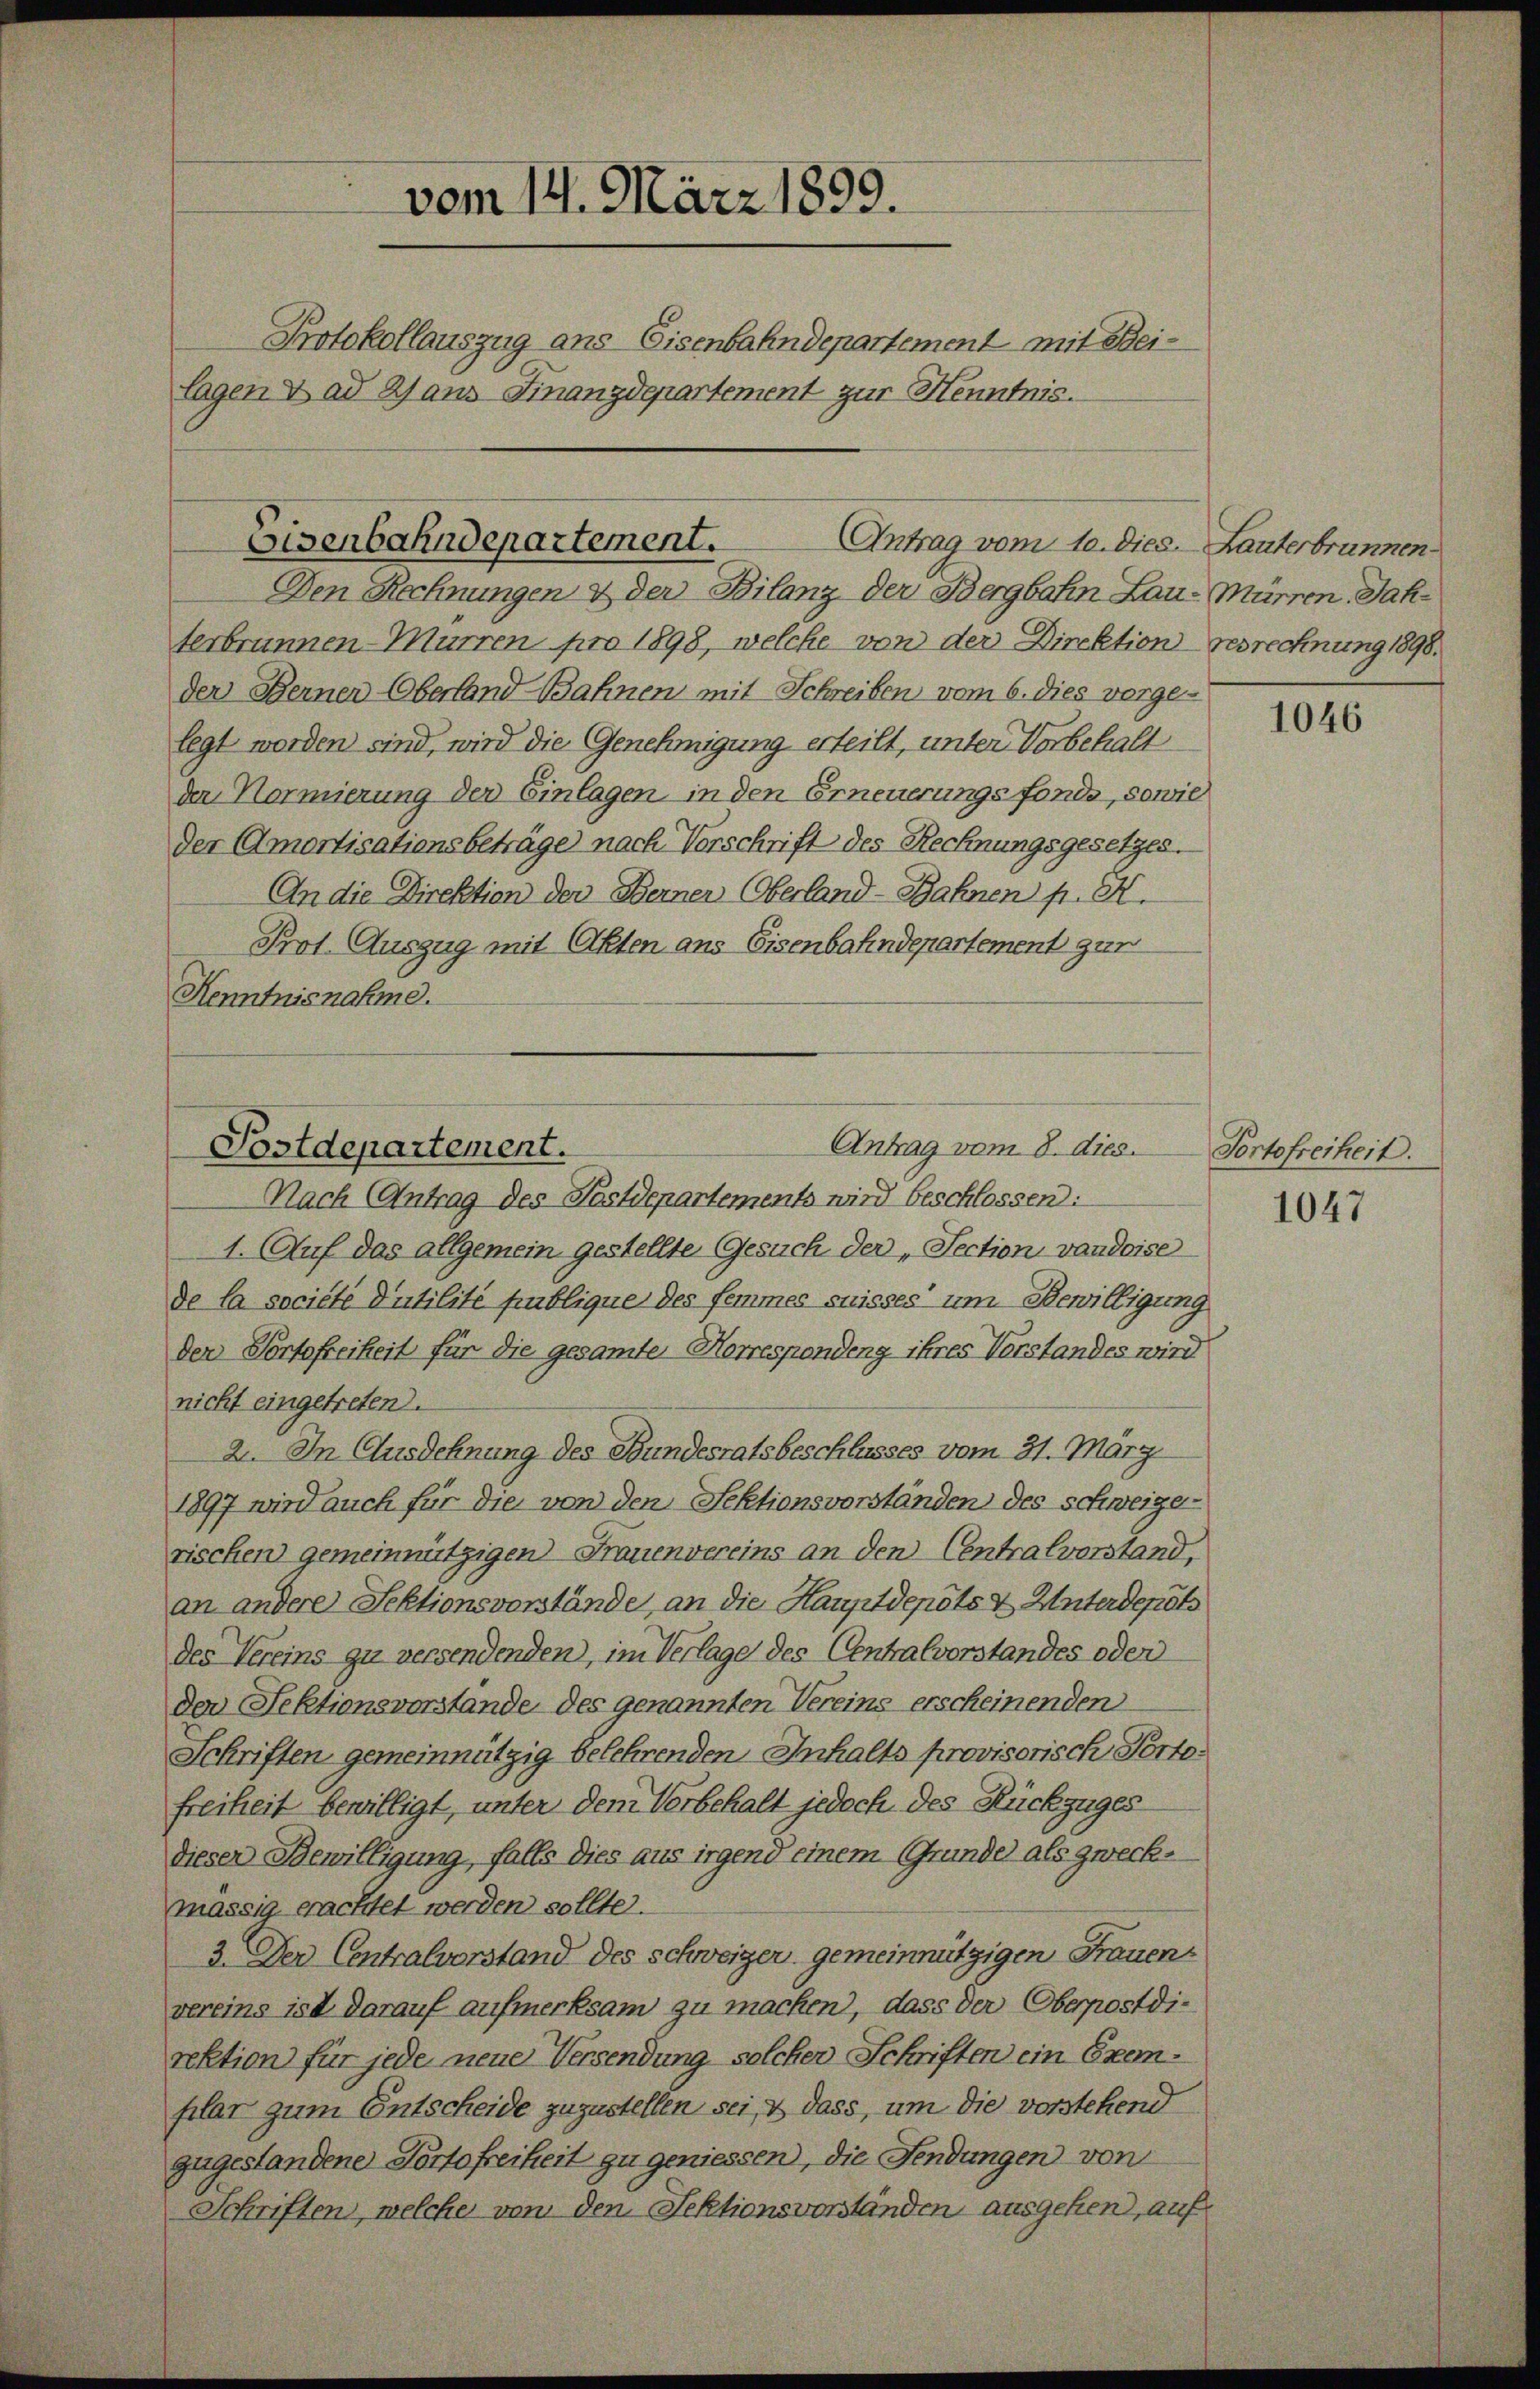
vom 14. März 1899.

Protokollauszug ans Eisenbahndepartement mit Beilagen V ad a) aus Finanzdepartement zur Henntnis.

Den Rechnungen & der Bilanz der Bergbahn Lau-Mürren Jahterbrunnen-Murren pro 1898, welche von der Direktion gesrechnung 1898.
der Berner Oberland Bahnen mit Schreiben vom 6. dies vorge-
legt worden sind, wird die Genehmigung erteilt, unter Vorbehalt
den Normierung der Einlagen in den Erneuerungsfonde, sowie
Der Amortisationsbeträge nach Vorschrift des Rechnungsgesetzes.
An die Direktion der Berner Oberland-Bahnen pr. K.
Prot. Auszug mit Akten aus Eisenbahndepartement gar
Kenntnisnahme.

Eisenbahndepartement.
Antrag vom 10. dies. Lauterbrunnen.

Nach (Antrag des Postdepartements wird beschlossen:
1. Auf das allgemein gestellte Gesuch der „Section vandoise
de la société d’utilité publique des femmes suisses um Bewilligung
der Portofreiheit für die gesamte Horrespondeng ihres Vorstandes wird
nicht eingetreten.
2. In Ausdehnung des Bundesratsbeschlusses vom 31. März
1897 wird auch für die von den Sektionsvorständen des Schweize
rischen gemeinnützigen Frauenvereins an den Centralvorstand,
an andere Sektionsvorstände, an die Hauptdepots & Unterdepots
des Vereins zu versendenden, im Verlage des Centralvorstandes oder
der Sektionsvorstände des genannten Vereins erscheinenden
Schriften gemeinnützig belehrenden Inhalts provisorisch Portofreiheit bewilligt, unter dem Verbehalt jedoch des Rückzuges
dieser Bewilligung, falls dies aus irgend einem Grunde als zweck-
mässig erachtet werden sollte.
3. Der Centralvorstand des schweiger gemeinnützigen Frauenvereins ist darauf aufmerksam zu machen, dass der Oberpostdirektion für jede neue Versendung solcher Schriften ein Exemplar zum Entscheide zuzustellen sei, & dass, um die vorstehend
zugestandene Portofreiheit zu geniessen, die Fendungen von
Schriften, welche von den Fektionsvorständen ausgehen, auf

Antrag vom 8. dies.
Postdepartement.

1046

Portofreiheit.

1047